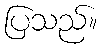
ပြသည်။